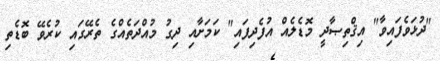
"ދުޅަވެފައިވާ" އިޤްތިޞާދީ މޮޑެލެއް އުފެދިފައި" ކަމަށާއި ދިގު މުއްދަތެއްގެ ތެރޭގައި ކުރެވޭ ބޮޑެތި